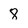
Character: 8